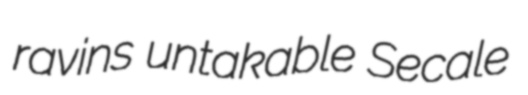
ravins untakable Secale